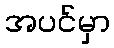
အပင်မှာ